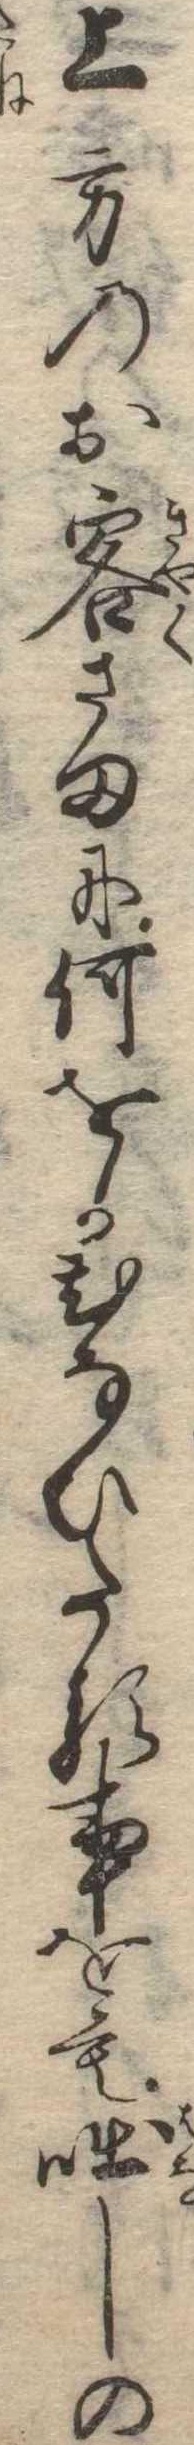
上方のお客さまに何をかひなひたる事をも咄しの